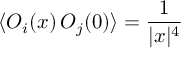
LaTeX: \langle { \cal O } _ { i } ( x ) \, { \cal O } _ { j } ( 0 ) \rangle = { \frac { 1 } { | x | ^ { 4 } } }